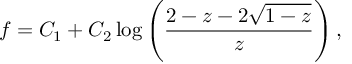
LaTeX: f = C _ { 1 } + C _ { 2 } \log \left( \frac { 2 - z - 2 \sqrt { 1 - z } } { z } \right) ,